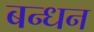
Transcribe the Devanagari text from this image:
बन्‍धन